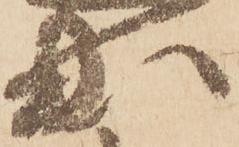
出